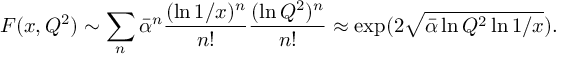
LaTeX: F ( x , Q ^ { 2 } ) \sim \sum _ { n } \bar { \alpha } ^ { n } \frac { ( \ln 1 / x ) ^ { n } } { n ! } \frac { ( \ln Q ^ { 2 } ) ^ { n } } { n ! } \approx \exp ( 2 \sqrt { \bar { \alpha } \ln Q ^ { 2 } \ln 1 / x } ) .